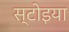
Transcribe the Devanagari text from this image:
स्टोइया